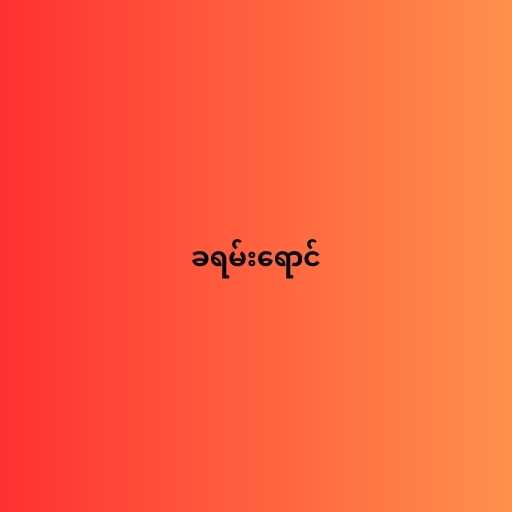
ခရမ်းရောင်